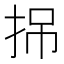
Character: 𢬢